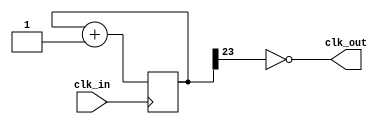
`timescale 1ns / 1ns
/*
  A 0.25 Hz clock., given that clk_in is CLOCK_50.
	TODO: reset?
*/
module rate_divider_quarter_second (
	output clk_out,
	input clk_in);
  /*
  Note: (5 * 10^7) / 4 = 1.25 * 10^6
  lg(1.25*10^6) ~= 23.6 ~= 24
  */
  // 24-bit register - should be initialized to 0 by default.

  localparam START_VAL = 1'd0;

  reg [23:0] counter;

  always @ (posedge clk_in) begin
    counter = counter + 1'b1;
  end

  assign clk_out = counter[23] == START_VAL;

endmodule //rate_divider